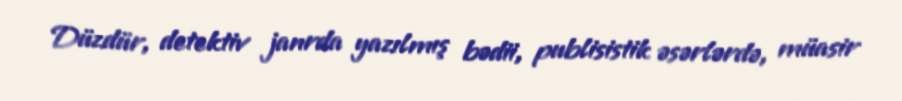
Düzdür, detektiv janrda yazılmış bədii, publisistik əsərlərdə, müasir